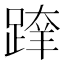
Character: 𨂨